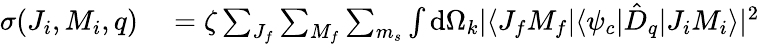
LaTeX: \begin{array}{rl}{\sigma(J_{i},M_{i},q)}&{{}=\zeta\sum_{J_{f}}\sum_{M_{f}}\sum_{m_{s}}\int\mathrm{d}\Omega_{k}|\langle J_{f}M_{f}|\langle\psi_{c}|\hat{D}_{q}|J_{i}M_{i}\rangle|^{2}}\end{array}